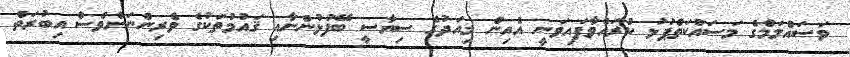
ވަސައްލަމްގެ މަސައްކަތްޕުޅު ކުރައްވާފައިވަނީ އެއިން މިއަދުގެ ސިޔާސީ ބޭފުޅުންނާއި ޤައުމުތަކުގެ ވެރިންނަށްވެސް އިބުރަތް